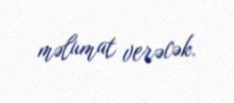
məlumat verəcək.